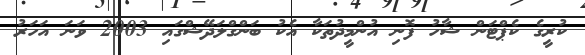
ކުރީގެ ކެޕްޓަން ޝާހު ފޮނި އުންމީދުތަކާ އެކު ބަންގްލަދޭޝްގައި 2003 ވަނަ އަހަރު